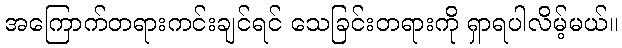
အကြောက်တရားကင်းချင်ရင် သေခြင်းတရားကို ရှာရပါလိမ့်မယ်။